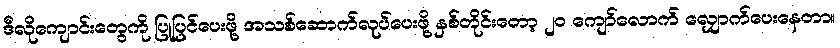
ဒီလိုကျောင်းတွေကို ပြုပြင်ပေးဖို့ အသစ်ဆောက်လုပ်ပေးဖို့ နှစ်တိုင်းတော့ ၂၀ ကျော်လောက် လျှောက်ပေးနေတာ။